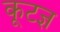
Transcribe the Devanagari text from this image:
कूटज्ञ